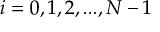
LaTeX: i = 0 , 1 , 2 , . . . , N - 1